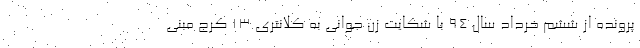
پرونده از ششم خرداد سال ۹۴ با شکایت زن جوانی به کلانتری ۱۳ کرج مبنی